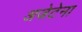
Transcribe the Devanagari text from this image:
अजेटेना